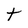
Character: t